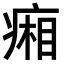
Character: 𤷼